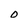
Character: O